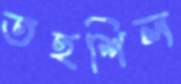
তহশিল